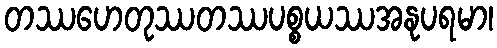
တဿဟေတုဿတဿပစ္စယဿအနုပရမာ၊